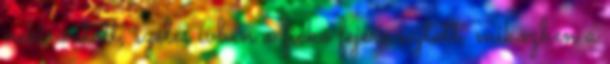
nekirontott, széles ívben a fickó fejére sújtott, miközben a